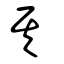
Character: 其